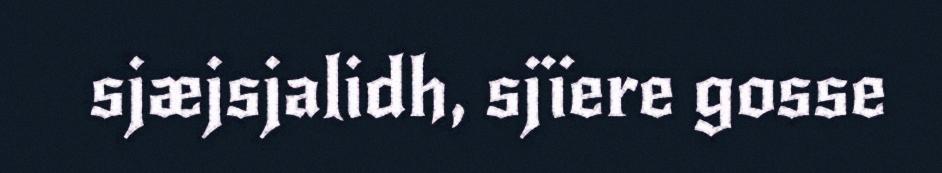
sjæjsjalidh, sjïere gosse